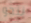
ننجو